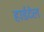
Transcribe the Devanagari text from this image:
हार्डटेल